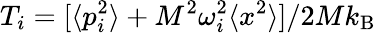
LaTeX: T_{i}=[\langle p_{i}^{2}\rangle+M^{2}\omega_{i}^{2}\langle x^{2}\rangle]/2Mk_{\mathrm{B}}